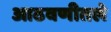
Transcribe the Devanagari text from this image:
आठवणीतले